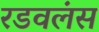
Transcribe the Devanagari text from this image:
रडवलंस